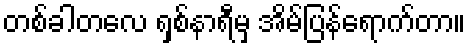
တစ်ခါတလေ ရှစ်နာရီမှ အိမ်ပြန်ရောက်တာ။